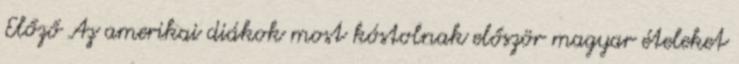
Előző Az amerikai diákok most kóstolnak először magyar ételeket